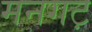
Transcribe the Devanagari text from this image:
मनगट़